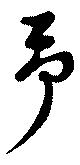
予